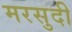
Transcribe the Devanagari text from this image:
मरसुदी